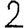
Digit: 2